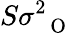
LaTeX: S\sigma_{\mathrm{~{~\mathbf~O~}~}}^{2}